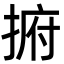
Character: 捬